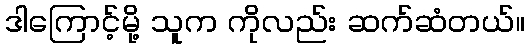
ဒါကြောင့်မို့ သူက ကိုလည်း ဆက်ဆံတယ်။